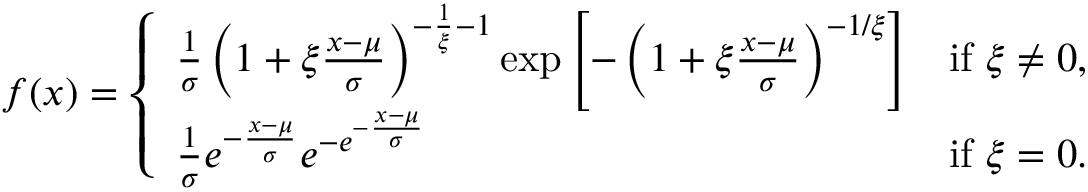
f ( x ) = { \left\{ \begin{array} { l l } { { \frac { 1 } { \sigma } } \left( 1 + \xi { \frac { x - \mu } { \sigma } } \right) ^ { - { \frac { 1 } { \xi } } - 1 } \exp \left[ - \left( 1 + \xi { \frac { x - \mu } { \sigma } } \right) ^ { - { 1 } / { \xi } } \right] } & { { \mathrm { i f ~ } } \xi \neq 0 , } \\ { { \frac { 1 } { \sigma } } e ^ { - { \frac { x - \mu } { \sigma } } } e ^ { - e ^ { - { \frac { x - \mu } { \sigma } } } } } & { { \mathrm { i f ~ } } \xi = 0 . } \end{array} \right. }